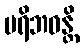
ပရိဘဝန္တိ